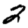
Digit: 2